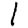
Digit: 1